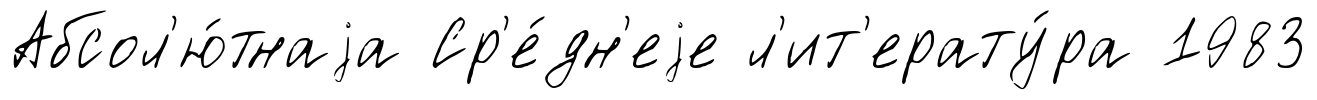
Абсол'ю́тнаjа Ср'е́дн'еjе л'ит'ерату́ра 1983